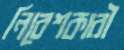
নিবেশকারী